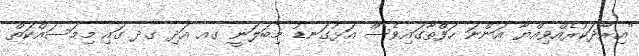
"އިރާދަކުރެއްވިއްޔާ އަންނަ ހަފްތާގައިވެސް އަޅުގަނޑު މިބަލަނީ ގއ އަދި ގދ ގައި މިމަސައްކަތް